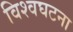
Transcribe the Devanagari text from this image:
विश्वघटना